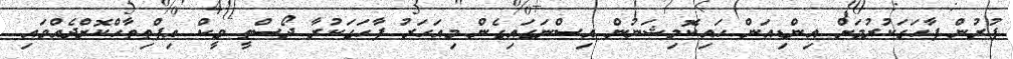
ފުރުން ފާހަގަކުރުމަށް އިންޑިއަން ހައިކޮމިޝަނުން އިސްނަގައިގެން މިއަހަރު ފާހަގަކުރާ ދޯސްތީ ވީކް އިފްތިތާހްކޮށްދެއްވައި